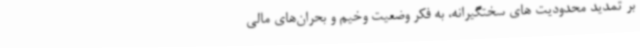
بر تمدید محدودیت های سختگیرانه، به فکر وضعیت وخیم و بحران‌های مالی